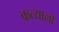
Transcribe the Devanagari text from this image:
कत्याला